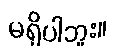
မရှိပါဘူး။